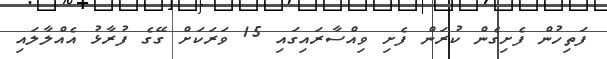
ފަތިހުން ފެށިގެން ކުރަން ފެށި ވިއްސާރައިގައި 15 ވަރަކަށް ގޭގެ ފުރާޅު އެއްލާލައި